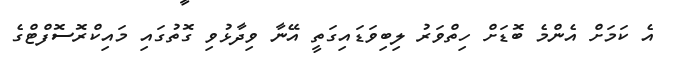
އެ ކަމަށް އެންމެ ބޮޑަށް ހިތްވަރު ލިބިވަޑައިގަތީ އޭނާ ވިދާޅުވި ގޮތުގައި މައިކްރޮސޮފްޓްގެ